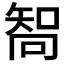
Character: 𠕧